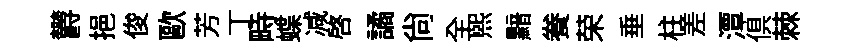
欝挹俊歐芳丁畤蝶减啓譎尚全熙黯飬荣垂柱差潭俱棘